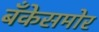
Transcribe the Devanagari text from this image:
बँकेसमोर